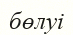
бөлуі